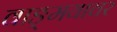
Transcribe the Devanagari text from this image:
वाङ्‍मयावर